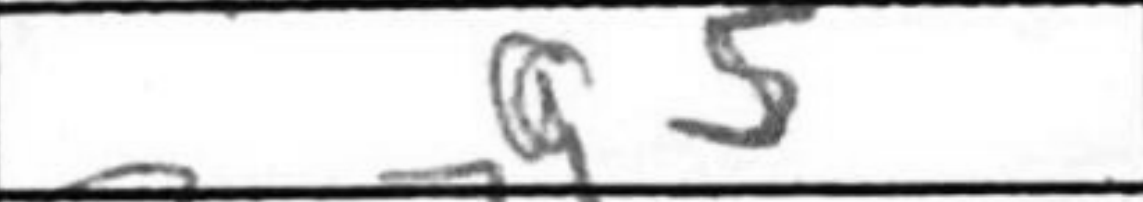
Transcription: g5